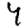
Digit: 4